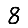
Digit: 8